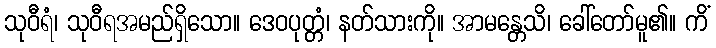
သုဝီရံ၊ သုဝီရအမည်ရှိသော။ ဒေဝပုတ္တံ၊ နတ်သားကို။ အာမန္တေသိ၊ ခေါ်တော်မူ၏။ ကိံ